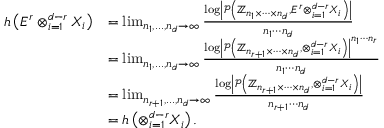
\begin{array} { r l } { h \left( E ^ { r } \otimes _ { i = 1 } ^ { d - r } X _ { i } \right) } & { = \operatorname* { l i m } _ { n _ { 1 } , . . . , n _ { d } \to \infty } \frac { \log \left| \mathcal { P } \left( \mathbb { Z } _ { n _ { 1 } \times \cdots \times n _ { d } } , E ^ { r } \otimes _ { i = 1 } ^ { d - r } X _ { i } \right) \right| } { n _ { 1 } \cdots n _ { d } } } \\ & { = \operatorname* { l i m } _ { n _ { 1 } , . . . , n _ { d } \to \infty } \frac { \log \left| \mathcal { P } \left( \mathbb { Z } _ { n _ { r + 1 } \times \cdots \times n _ { d } } , \otimes _ { i = 1 } ^ { d - r } X _ { i } \right) \right| ^ { n _ { 1 } \cdots n _ { r } } } { n _ { 1 } \cdots n _ { d } } } \\ & { = \operatorname* { l i m } _ { n _ { r + 1 } , . . . , n _ { d } \to \infty } \frac { \log \left| \mathcal { P } \left( \mathbb { Z } _ { n _ { r + 1 } \times \cdots \times n _ { d } } , \otimes _ { i = 1 } ^ { d - r } X _ { i } \right) \right| } { n _ { r + 1 } \cdots n _ { d } } } \\ & { = h \left( \otimes _ { i = 1 } ^ { d - r } X _ { i } \right) . } \end{array}